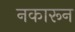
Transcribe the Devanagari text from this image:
नकारून